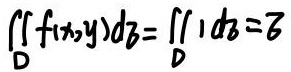
\[ \iint_D f(x,y) \,d\sigma = \iint_D 1 \,d\sigma = 6 \]